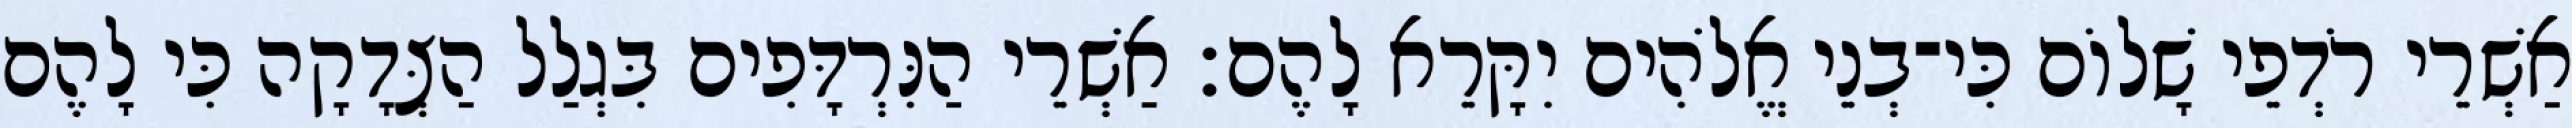
אַשְׁרֵי רֹדְפֵי שָׁלוֹם כִּי־בְנֵי אֱלֹהִים יִקָּרֵא לָהֶם׃ אַשְׁרֵי הַנִּרְדָּפִים בִּגְלַל הַצְּדָקָה כִּי לָהֶם